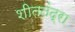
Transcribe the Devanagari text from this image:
शीततंद्रा